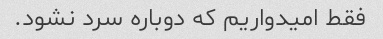
فقط امیدواریم که دوباره سرد نشود.